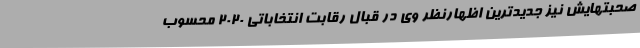
صحبتهایش نیز جدیدترین اظهارنظر وی در قبال رقابت انتخاباتی 2020 محسوب